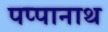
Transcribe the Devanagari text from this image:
पप्पानाथ